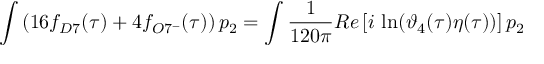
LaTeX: \int \left( 1 6 f _ { D 7 } ( \tau ) + 4 f _ { O 7 ^ { - } } ( \tau ) \right) p _ { 2 } = \int \frac { 1 } { 1 2 0 \pi } R e \left[ i \, \ln ( \vartheta _ { 4 } ( \tau ) \eta ( \tau ) ) \right] p _ { 2 }